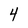
Character: 4